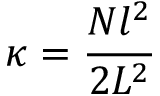
\kappa = \frac { N l ^ { 2 } } { 2 L ^ { 2 } }